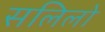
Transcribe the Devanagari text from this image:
सलिलो